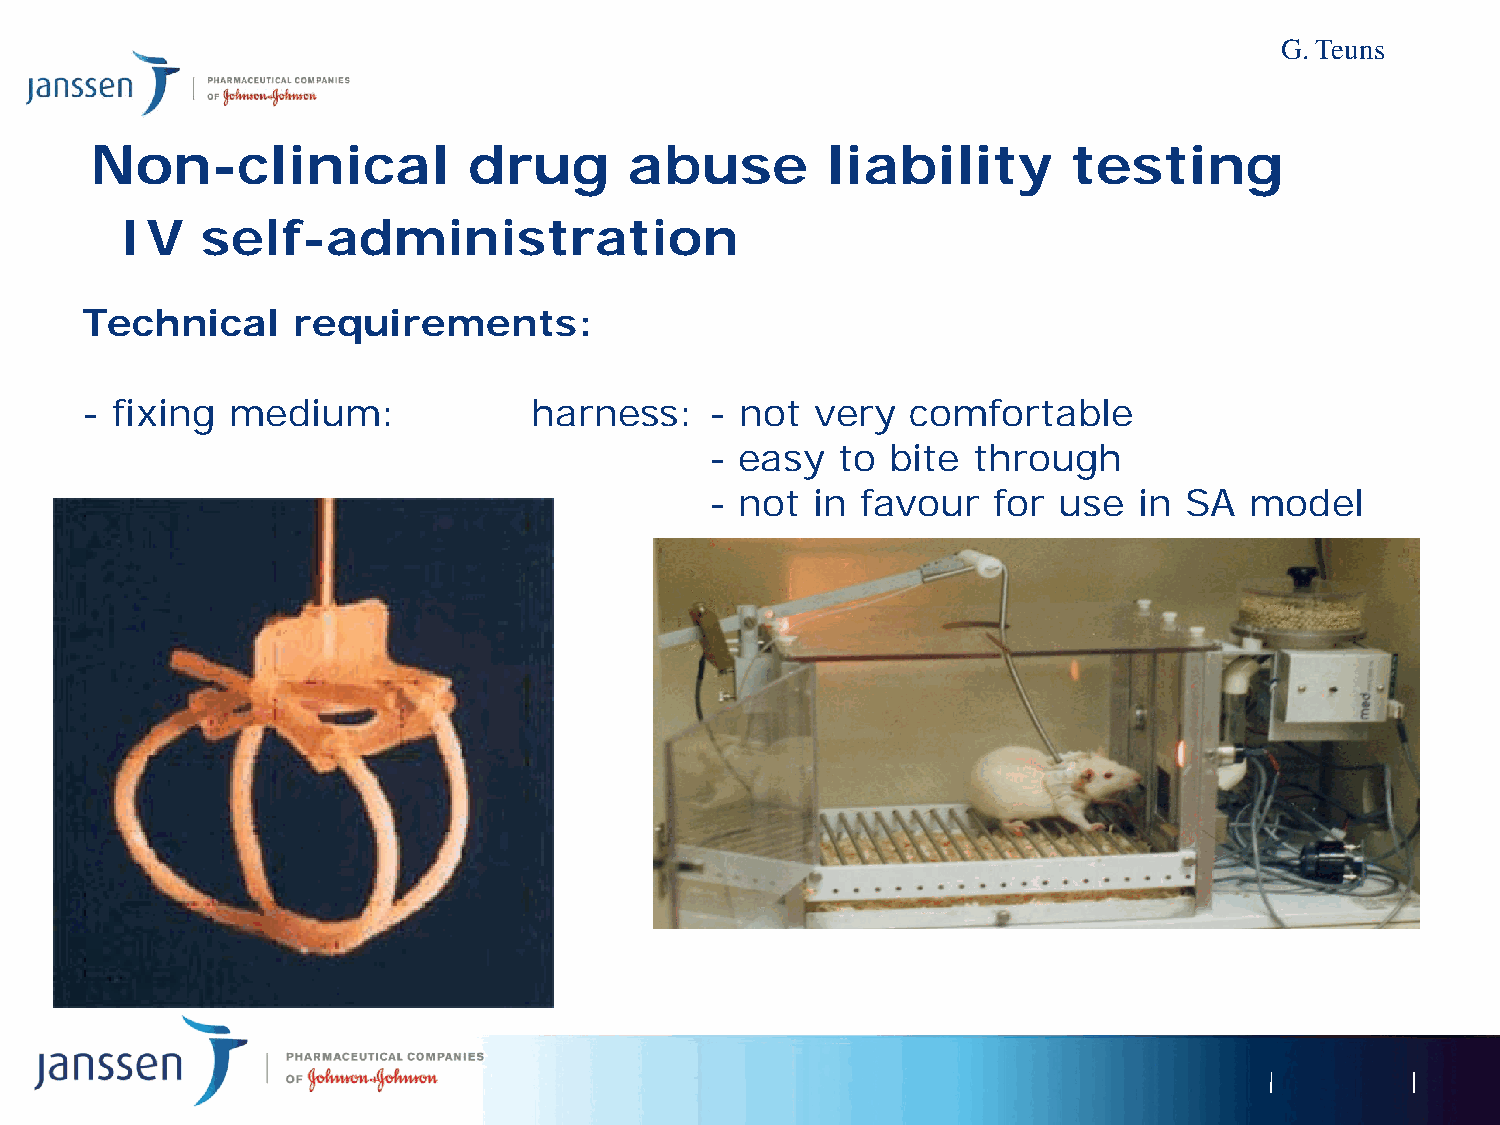
G. Teuns
 Non-clinical             drug       abuse        liability       testing
 IV   self-administration
 Technical     requirements:
 - fixing  medium:             harness:    - not  very  comfortable
 - easy  to  bite through
 - not  in favour   for use  in SA   model